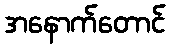
အနောက်တောင်